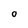
Character: O